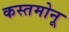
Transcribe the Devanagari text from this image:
कस्तमोनू